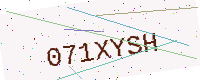
Text: 071XYSH